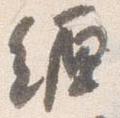
纏